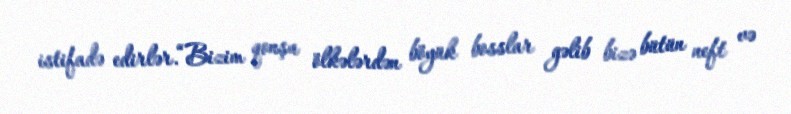
istifadə edirlər.“Bizim qonşu ölkələrdən böyük bosslar gəlib bizə bütün neft və